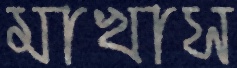
মাখাস